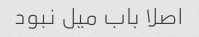
اصلا باب میل نبود